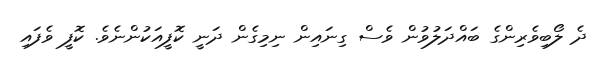
ދެ ލޯބިވެރިންގެ ބައްދަލުވުން ވެސް ގިނައިން ނިމިގެން ދަނީ ކޮފީއަކުންނެވެ. ކޮފީ ވެފައި